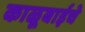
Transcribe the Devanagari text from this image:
काळूबाईचे